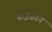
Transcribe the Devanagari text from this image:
बाइफ्रान